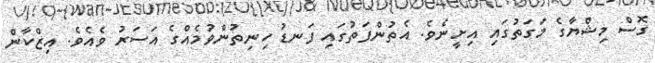
ގޮސް މިޝްޔާގެ މަގަތުގައި އިށީނެވެ. އެތުންފަތުގައި ފަނޑު ހިނިތުންވުމެއްގެ އަސަރު ވެއެވެ. އިޒްކާން